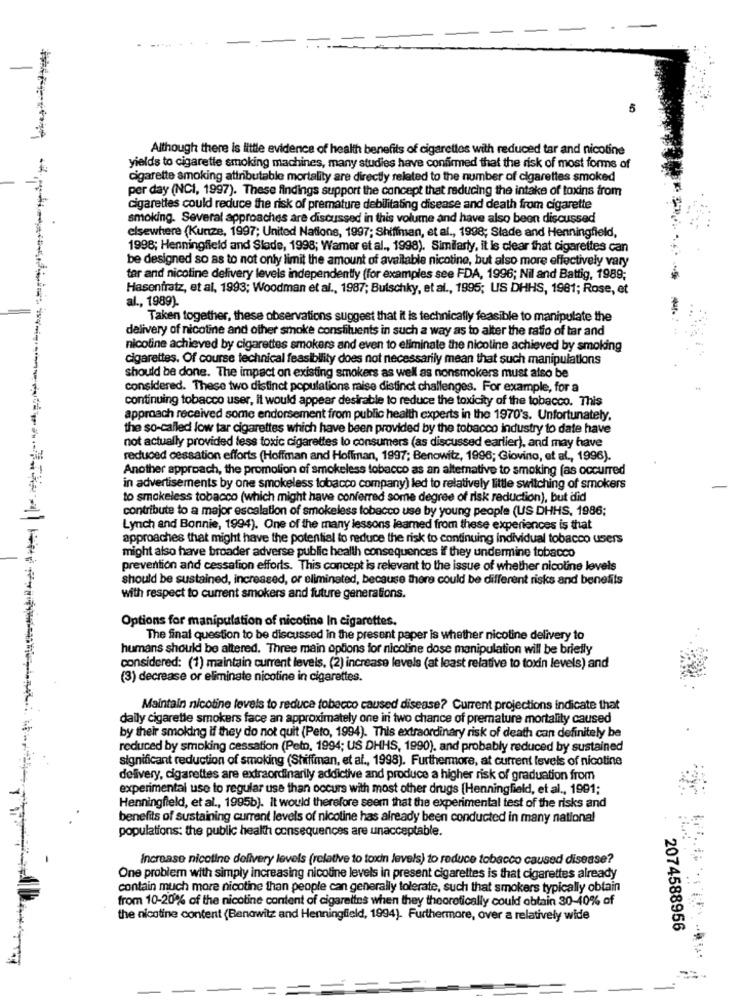
-
-
5
Although there is little evidence of health benefits of cigarettes with reduced tar and nicotine
yields to cigarette smoking machines, many studies have confirmed that the risk of most forms of
cigarette smoking attributable mortality are directly related to the number of cigarettes smoked
per day (NCI, 1997). These findings support the concept that reducing the intake of toxins from
cigarettes could reduce the risk of premature debilitating disease and death from cigarette
smoking. Several approaches are discussed in this volume and have also been discussed
elsewhere (Kunze, 1997; United Nations, 1997; Shiffman, et al ., 1998; Slade and Henningfield,
1998; Henningfield and Slade, 1998; Wamer et al ., 1998). Similarly, it is clear that cigarettes can
be designed so as to not only limit the amount of available nicotine, but also more effectively vary
tar and nicotine delivery levels independently (for examples see FDA, 1996; Nil and Battig, 1989;
Hasenfratz, et al, 1993; Woodman et al ., 1987; Butschky, et al ., 1995; US DHHS, 1981; Rose, et
al ., 1989).
Taken together, these observations suggest that it is technically feasible to manipulate the
delivery of nicotine and other smoke constituents in such a way as to alter the ratio of tar and
nicotine achieved by cigarettes smokers and even to eliminate the nicoline achieved by smoking
cigarettes. Of course technical feasibility does not necessarily mean that such manipulations
should be done. The impact on existing smokers as well as nonsmokers must also be
considered. These two distinct populations raise distinct challenges. For example, for a
continuing tobacco user, it would appear desirable to reduce the toxicity of the tobacco. This
approach received some endorsement from public health experts in the 1970's. Unfortunately.
the so-called low tar cigarettes which have been provided by the tobacco industry to date have
not actually provided less toxic cigarettes to consumers (as discussed earlier), and may have
reduced cessation efforts (Hoffman and Hoffman, 1997; Benowitz, 1996; Giovino, et al ., 1996).
Another approach, the promotion of smokeless tobacco as an alternative to smoking (as occurred
in advertisements by one smokeless tobacco company) led to relatively little switching of smokers
to smokeless tobacco (which might have conferred some degree of risk reduction), but did
contribute to a major escalation of smokeless tobacco use by young people (US DHHS, 1986;
Lynch and Bonnie, 1994). One of the many lessons learned from these experiences is that
approaches that might have the potential to reduce the risk to continuing individual tobacco users
might also have broader adverse public health consequences if they undermine tobacco
prevention and cessation efforts. This concept is relevant to the issue of whether nicoline levels
should be sustained, increased, or eliminated, because there could be different risks and benefits
with respect to current smokers and future generations.
Options for manipulation of nicotine In cigarettes.
The final question to be discussed in the present paper is whether nicotine delivery to
humans should be altered. Three main options for nicotine dose manipulation will be briefly
considered: (1) maintain current levels, (2) increase levels (at least relative to toxin levels) and
(3) decrease or eliminate nicotine in cigarettes.
Maintain nicotine levels to reduce tobacco caused disease? Current projections indicate that
daily cigarette smokers face an approximately one in two chance of premature mortality caused
by their smoking if they do not quit (Peto, 1994). This extraordinary risk of death can definitely be
reduced by smoking cessation (Peto, 1994; US DHHS, 1990). and probably reduced by sustained
significant reduction of smoking (Shiffman, et al ., 1998). Furthermore, at current levels of nicotine
delivery, cigarettes are extraordinarily addictive and produce a higher risk of graduation from
experimental use to regular use than occurs with most other drugs [Henningfield, et al ., 1991;
Henningfield, et al ., 1995b). It would therefore seem that the experimental test of the risks and
benefits of sustaining currant levels of nicotine has already been conducted in many national
populations: the public health consequences are unacceptable.
Increase nicotine delivery levels (relative to toxin levels) to reduce tobacco caused disease?
One problem with simply increasing nicotine levels in present cigarettes is that cigarettes already
contain much more nicotine than people can generally tolerate, such that smokers typically obtain
from 10-20% of the nicotine content of cigarettes when they theoretically could obtain 30-40% of
the nicotine content {Benowitz and Henningfield, 1994). Furthermore, over a relatively wide
2074588956